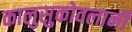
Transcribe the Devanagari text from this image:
कालुसुकोवलानी